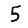
Digit: 5